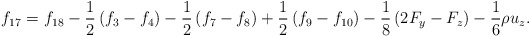
\begin{align*}{f_{17}} = {f_{18}} - \frac{1}{2}\left( {{f_3} - {f_4}} \right) - \frac{1}{2}\left( {{f_7} - {f_8}} \right) + \frac{1}{2}\left( {{f_9} - {f_{10}}} \right) - \frac{1}{8}\left( {2{F_y} - {F_z}} \right) - \frac{1}{6}\rho {u_z}.\end{align*}